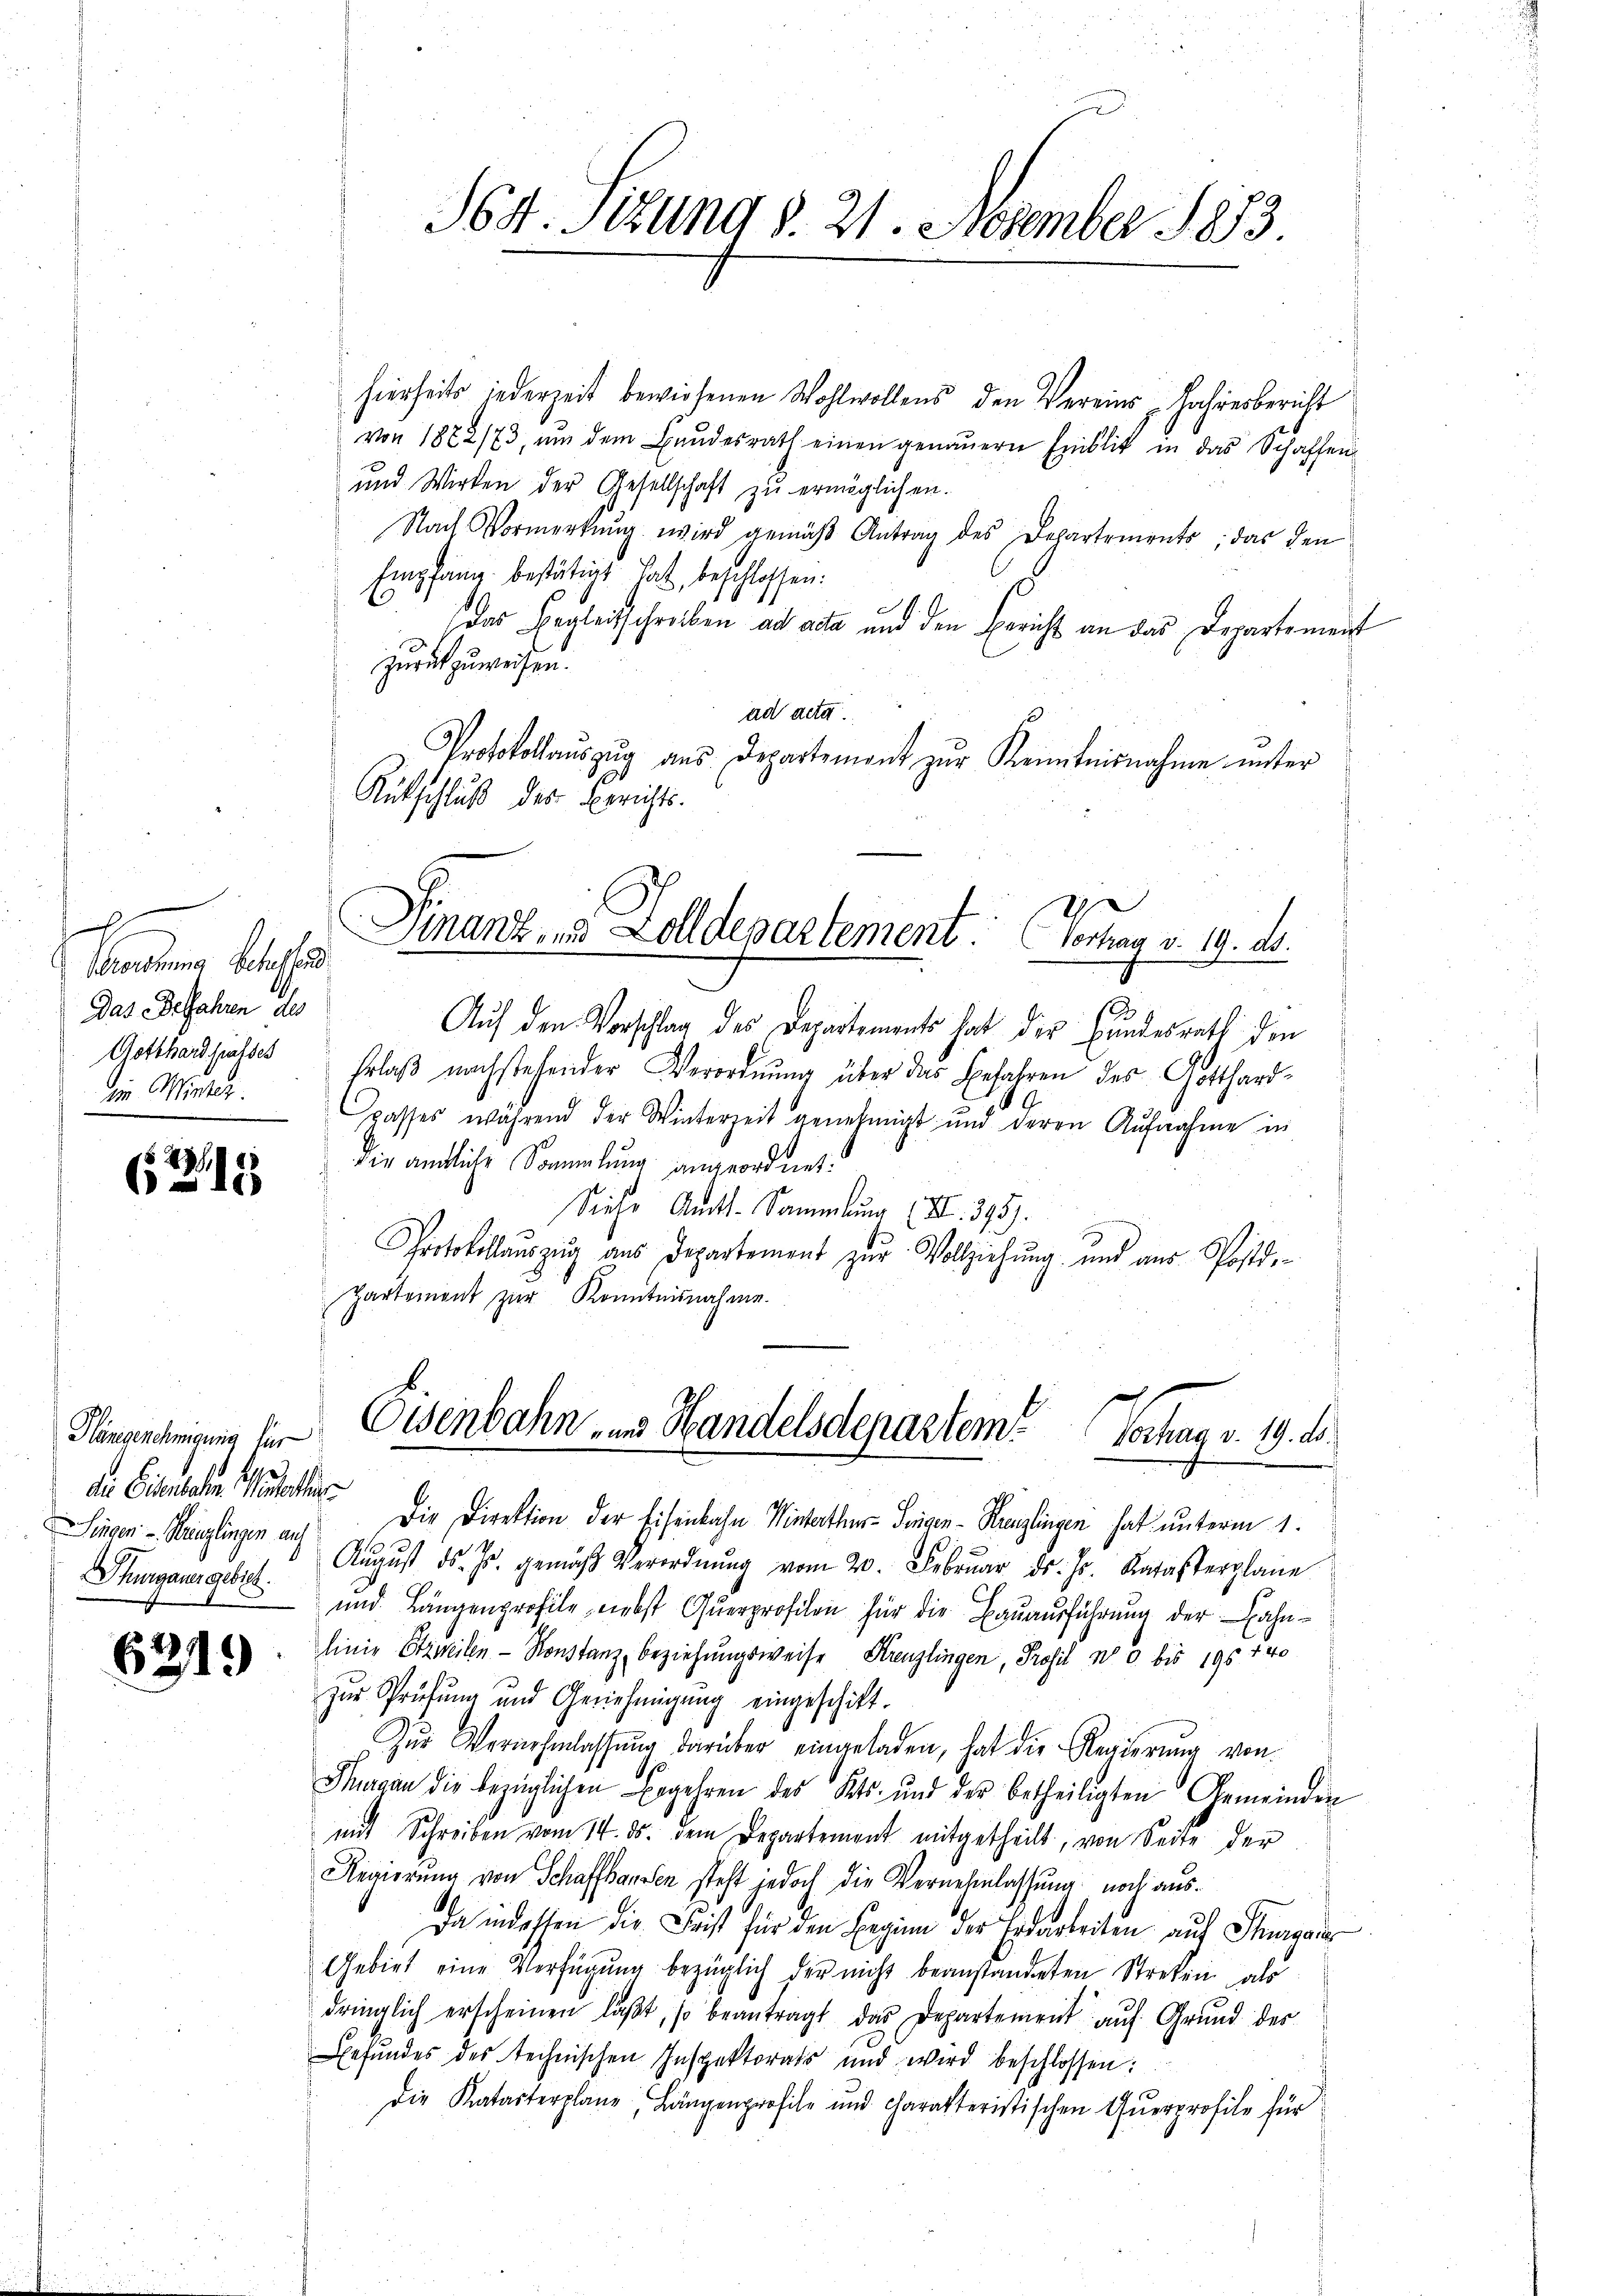
g
Verordnung betreffend
Das Befahren des
Gotthard passes
im Winter.

1231

Klängenehmigung für
die Eisenbahn Materli
Singen - Bringlingen auf
Thurgauer gebiet.

6219

1

S64. Sizung d. 21. November 1883

hierheits jederzeit bewiesenen Wohlwollens den Vereins Jahresbericht
von 1872/73, um dem Bundesrath einen genauern Erblik in das Schaffen
und Wirken der Gesellschaft zu ermöglichen.
Nach Vormerkŭng wird gemäβ Antrag des Departements; das den
Empfang bestätigt hat, beschlossen:
das Begleitschreiben ad acta und den Bericht an das Departement
zurückzuweisen.
ad acta
Protokollaŭszŭg aŭs Departemont zŭr Kenntnisnahme unter
Rutschluß des Berichts.
Finanz, u. Zolldepartement: Vontag v. 19. d.
Auf den Vorschlag des Departements hat der Bundesrath den
Erlaß nachstehender Verordnung über das Befahren des Gotthardspasses während der Winterzeit genehmigt und deren Aufnahme in
die ämtliche Sammlung angeordnet:
Siehe Amts-Sammlung (I. 395.
Protokollaŭszŭg ans Departement zŭr Vollziehŭng und aus Postd
Partement zur Kenntnisnahme.

Die Direktion der Eisenbahn Winterthur–Singen-Kanzlingen hat unterm 1.
Aŭgŭst ds. Js. gemäß Verordnŭng vom 20. Februar d. J. Katasterplane
und Längenprofile nebst Querprofilen für die Bauausführung der ahnlinie Etzweilen. - Konstanz beziehungsweise Kreuzlingen, Profil No 8 bis 195. 740
zur Prüfung und Genehmigŭng eingeschikt.
Zŭr Vernehmlassŭng darüber eingeladen, hat die Regierŭng von
Pagan die bezüglichen Ergehren des Kts. und der betheiligten Gemeinden
mit Schreiben vom 14. ds. dem Departement mitgetheilt, von Seite der
Regierung von Schaffhausen steht jedoch die Vernehmlassung noch aus¬
Ia indessen die Frist für den Beginn der Erdarbeiten auf Stegang
Gebiet eine Verfügung bezüglich der nicht beanstandeten Streken als
dringlich erscheinen läβt, so beantragt das Departement auf Grund des
Befundes des technischen Inspektorats und wird beschlossen:
die Katasterplane Längenprofile und Charakteristischen Querprofile für

Osenbahn- und Handelsdepartem
Vortrag v. 19. ds.